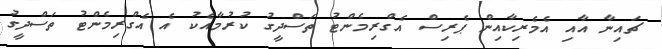
ޗައިނާ އާއި އެމެރިކާއިން ޕެރިސް އެގްރިމެންޓު ތަސްދީގު ކުރުމާއެކު އެ އެގްރިމެންޓު ތަސްދީގު